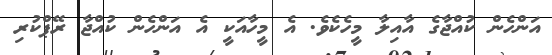
އަންހެން ކުއްޖާގެ އާއިލާ މީހެކެވެ. އެ މީހާއަކީ އެ އަންހެން ކުއްޖާ ރޭޕްކުރި